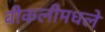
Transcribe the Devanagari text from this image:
वीकलीमधले